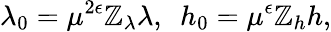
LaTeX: \lambda_{0}=\mu^{2\epsilon}\mathbb{Z}_{\lambda}\lambda,~~h_{0}=\mu^{\epsilon}\mathbb{Z}_{h}h,